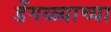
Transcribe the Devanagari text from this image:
डेंगळ्याच्या